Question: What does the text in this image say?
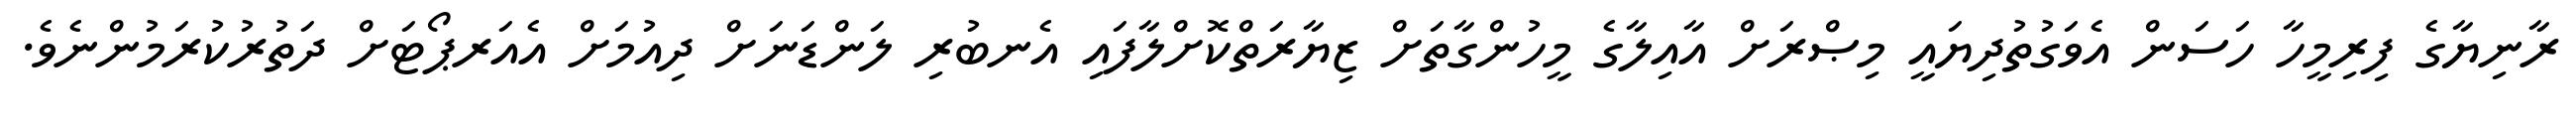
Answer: ރާނިޔާގެ ފިރިމީހާ ހަސަން އެވަގުތުދިޔައީ މިޞްރަށް އާއިލާގެ މީހުންގާތަށް ޒިޔާރަތްކޮށްލާފައި އެނބުރި ލަންޑަނަށް ދިއުމަށް އެއަރޕޯޓަށް ދަތުރުކުރަމުންނެވެ.